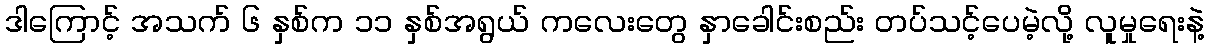
ဒါကြောင့် အသက် ၆ နှစ်က ၁၁ နှစ်အရွယ် ကလေးတွေ နှာခေါင်းစည်း တပ်သင့်ပေမဲ့လို့ လူမှုရေးနဲ့